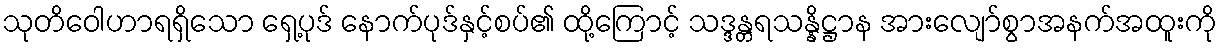
သုတိဝေါဟာရရှိသော ရှေ့ပုဒ် နောက်ပုဒ်နှင့်စပ်၏ ထို့ကြောင့် သဒ္ဒန္တရသန္နိဋ္ဌာန အားလျော်စွာအနက်အထူးကို